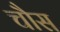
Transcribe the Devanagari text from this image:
चौस